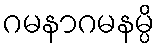
ဂမနာဂမနမ္ပိ